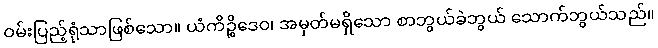
ဝမ်းပြည့်ရုံသာဖြစ်သော။ ယံကိဉ္စိဒေဝ၊ အမှတ်မရှိသော စာဘွယ်ခဲဘွယ် သောက်ဘွယ်သည်။